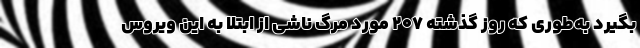
بگیرد به‌طوری که روز گذشته ۲۰۷ مورد مرگ ناشی از ابتلا به این ویروس